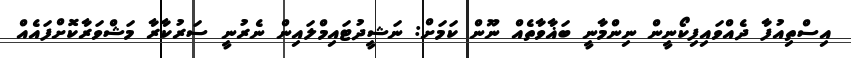
އިސްތިއުފާ ދެއްވައިފިކޯނީން ނިންމާނީ ބަޣާވާތެއް ނޫން ކަމަށް: ނަޝީދުޓައިމްލައިން ނެރުނީ ސަރުކާރާ މަޝްވަރާކޮށްފައެއް